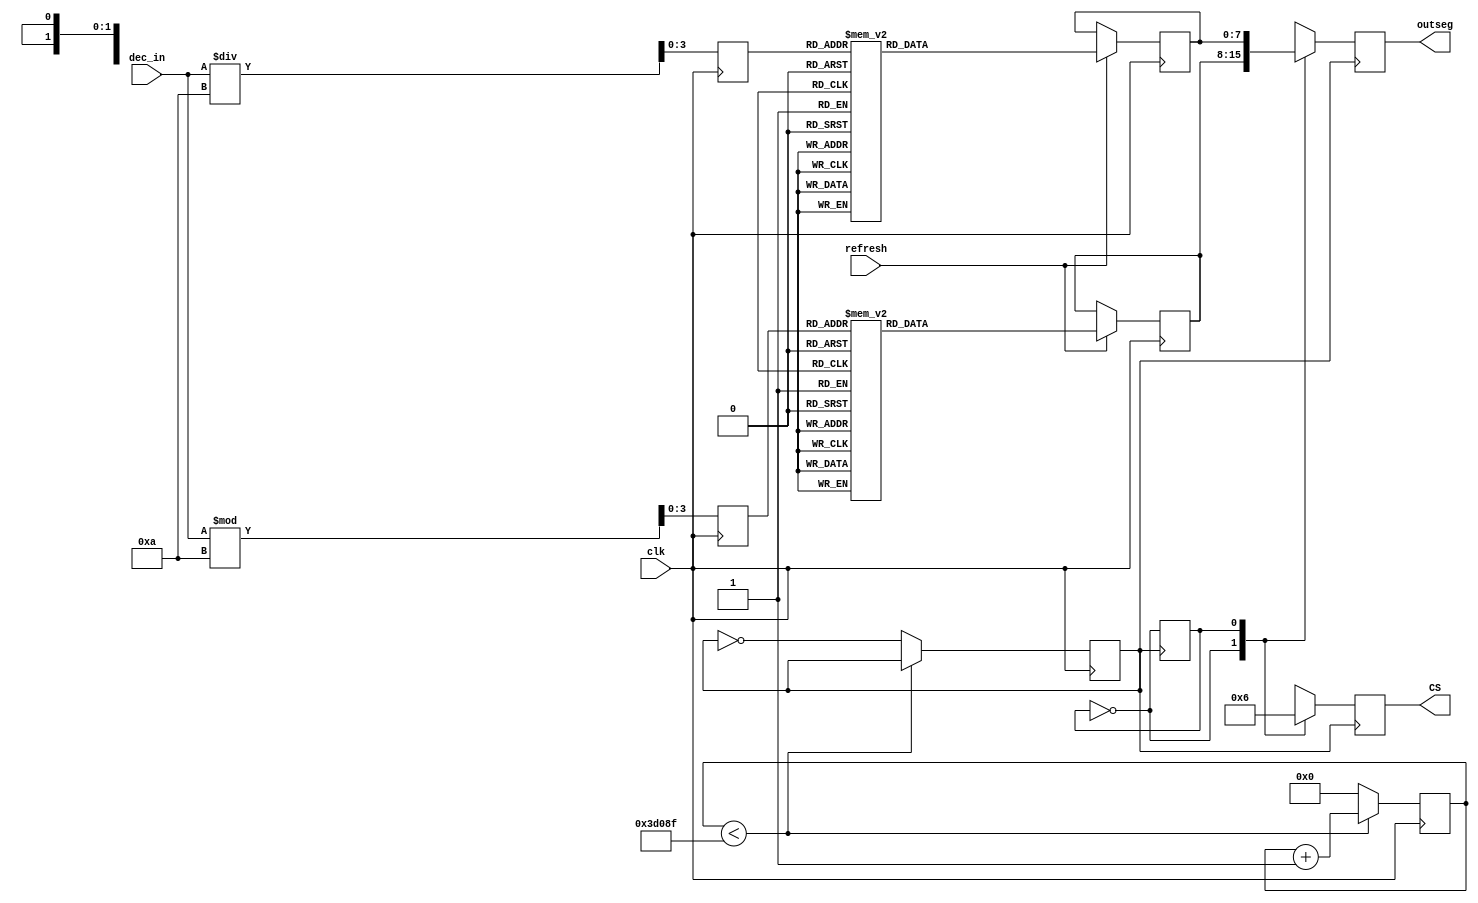
`timescale 1ns / 1ps
//////////////////////////////////////////////////////////////////////////////////
// Company: HITSZ
// 
// Design Name: 
// Module Name: DecLEDDisplay
// Project Name: 
// Target Devices: 
// Tool Versions: 
// Description: 
// 
// Dependencies: 
// 
// Revision:
// Revision 0.01 - File Created
// Additional Comments:
// 
//////////////////////////////////////////////////////////////////////////////////


module DecLEDDisplay(
    input clk, // 
    input [3:0] dec_in, // 
    input refresh, // 
    output [7:0] outseg, // 
    output [1:0] CS // 
    );

    reg [3:0] num_high_reg; // 
    reg [3:0] num_low_reg; // 
    reg [7:0] outseg_low_reg;
    reg [7:0] outseg_high_reg;
    reg [7:0] outseg_reg; // 
    reg [1:0] CS_reg; // 

    // 50 Hz 
    reg [26:0] divclk_cnt;
    reg divclk = 0;
    parameter divfreq = 200; // 
    always @(posedge clk) begin
        if (divclk_cnt < 100000000 / divfreq / 2 - 1)
            divclk_cnt <= divclk_cnt + 1;
        else begin
            divclk <= ~divclk;
            divclk_cnt <= 0;
        end
    end

    // 
    always @(posedge clk) begin
        num_high_reg <= dec_in / 10;
        num_low_reg <= dec_in % 10;
    end

    // 
    always @(posedge clk) begin
        if (refresh) begin // 
            case (num_low_reg)
                4'b0000: outseg_low_reg = 8'b00111111; // 0
                4'b0001: outseg_low_reg = 8'b00000110; // 1
                4'b0010: outseg_low_reg = 8'b01011011; // 2
                4'b0011: outseg_low_reg = 8'b01001111; // 3
                4'b0100: outseg_low_reg = 8'b01100110; // 4
                4'b0101: outseg_low_reg = 8'b01101101; // 5
                4'b0110: outseg_low_reg = 8'b01111101; // 6
                4'b0111: outseg_low_reg = 8'b00000111; // 7
                4'b1000: outseg_low_reg = 8'b01111111; // 8
                4'b1001: outseg_low_reg = 8'b01101111; // 9
                default: outseg_low_reg = 8'b00000000; // off
            endcase

            case (num_high_reg)
                4'b0000: outseg_high_reg = 8'b00111111; // 0
                4'b0001: outseg_high_reg = 8'b00000110; // 1
                4'b0010: outseg_high_reg = 8'b01011011; // 2
                4'b0011: outseg_high_reg = 8'b01001111; // 3
                4'b0100: outseg_high_reg = 8'b01100110; // 4
                4'b0101: outseg_high_reg = 8'b01101101; // 5
                4'b0110: outseg_high_reg = 8'b01111101; // 6
                4'b0111: outseg_high_reg = 8'b00000111; // 7
                4'b1000: outseg_high_reg = 8'b01111111; // 8
                4'b1001: outseg_high_reg = 8'b01101111; // 9
                default: outseg_high_reg = 8'b00000000; // off
            endcase
        end
    end

    // 
    reg cnt = 0;
    always @(posedge divclk) begin
        cnt <= ~cnt;
        case (cnt)
            1'b0: begin
                CS_reg <= 2'b01; // 
                outseg_reg <= outseg_low_reg;
            end
            1'b1: begin
                CS_reg <= 2'b10; // 
                outseg_reg <= outseg_high_reg;
            end
            default: begin
                CS_reg <= 2'b00;
                outseg_reg <= 8'b00000000; // off
            end
        endcase
    end

    assign CS = CS_reg;
    assign outseg = outseg_reg;
endmodule